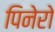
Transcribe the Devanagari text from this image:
पिनेरो